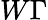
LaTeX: W\Gamma